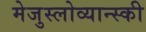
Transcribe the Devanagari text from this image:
मेजुस्लोव्यान्स्की